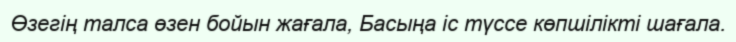
Өзегің талса өзен бойын жағала, Басыңа іс түссе көпшілікті шағала.